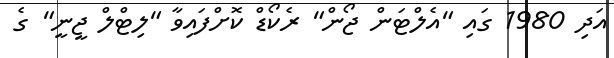
އަދި 1980 ގައި "އެލްޓަން ޖޯން" ރެކޯޑް ކޮށްފައިވާ "ލިޓްލް ޖީނީ" ގެ